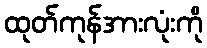
ထုတ်ကုန်အားလုံးကို